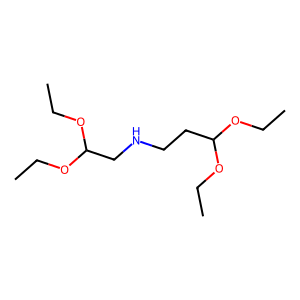
SMILES: CCOC(CCNCC(OCC)OCC)OCC
Inhibits HIV replication: No